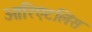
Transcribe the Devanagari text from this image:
ओरिएंटलिस